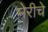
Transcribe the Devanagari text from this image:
मेरीचे